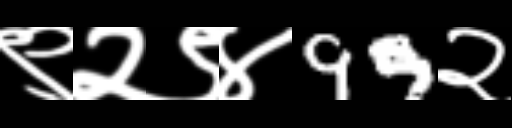
Text: ९२९४99२